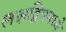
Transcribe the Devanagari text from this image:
लक्षद्विपमध्ये